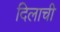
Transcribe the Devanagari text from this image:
दिलाची